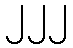
၂၂၂